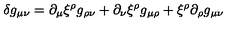
\delta g _ { \mu \nu } = \partial _ { \mu } \xi ^ { \rho } g _ { \rho \nu } + \partial _ { \nu } \xi ^ { \rho } g _ { \mu \rho } + \xi ^ { \rho } \partial _ { \rho } g _ { \mu \nu }